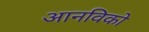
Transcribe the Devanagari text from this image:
आनविको